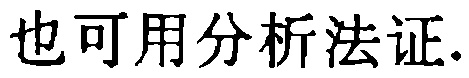
也可用分析法证.